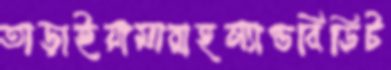
তাড়াইয়ামারাহল্যান্ডবিডিট